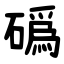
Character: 䃣